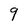
Character: 9